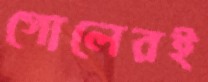
গোলেরই